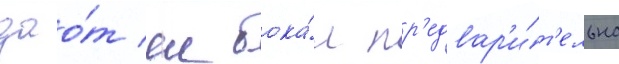
дао́т еи бока́л пр'едвар'и́т'ельно